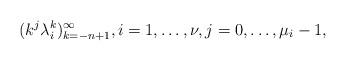
LaTeX: \begin{align*}(k^j\lambda^k_i)_{k=-n+1}^\infty, i=1,\dots, \nu,j=0,\dots, \mu_i-1,\end{align*}